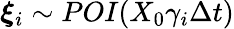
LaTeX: \boldsymbol{\xi}_{i}\sim\mathop{POI}(X_{0}\gamma_{i}\Delta t)